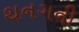
થનગની